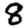
Digit: 8